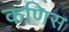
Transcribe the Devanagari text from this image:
कणिस